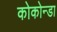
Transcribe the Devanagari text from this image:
कोकोन्डा